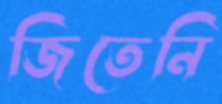
জিতেনি